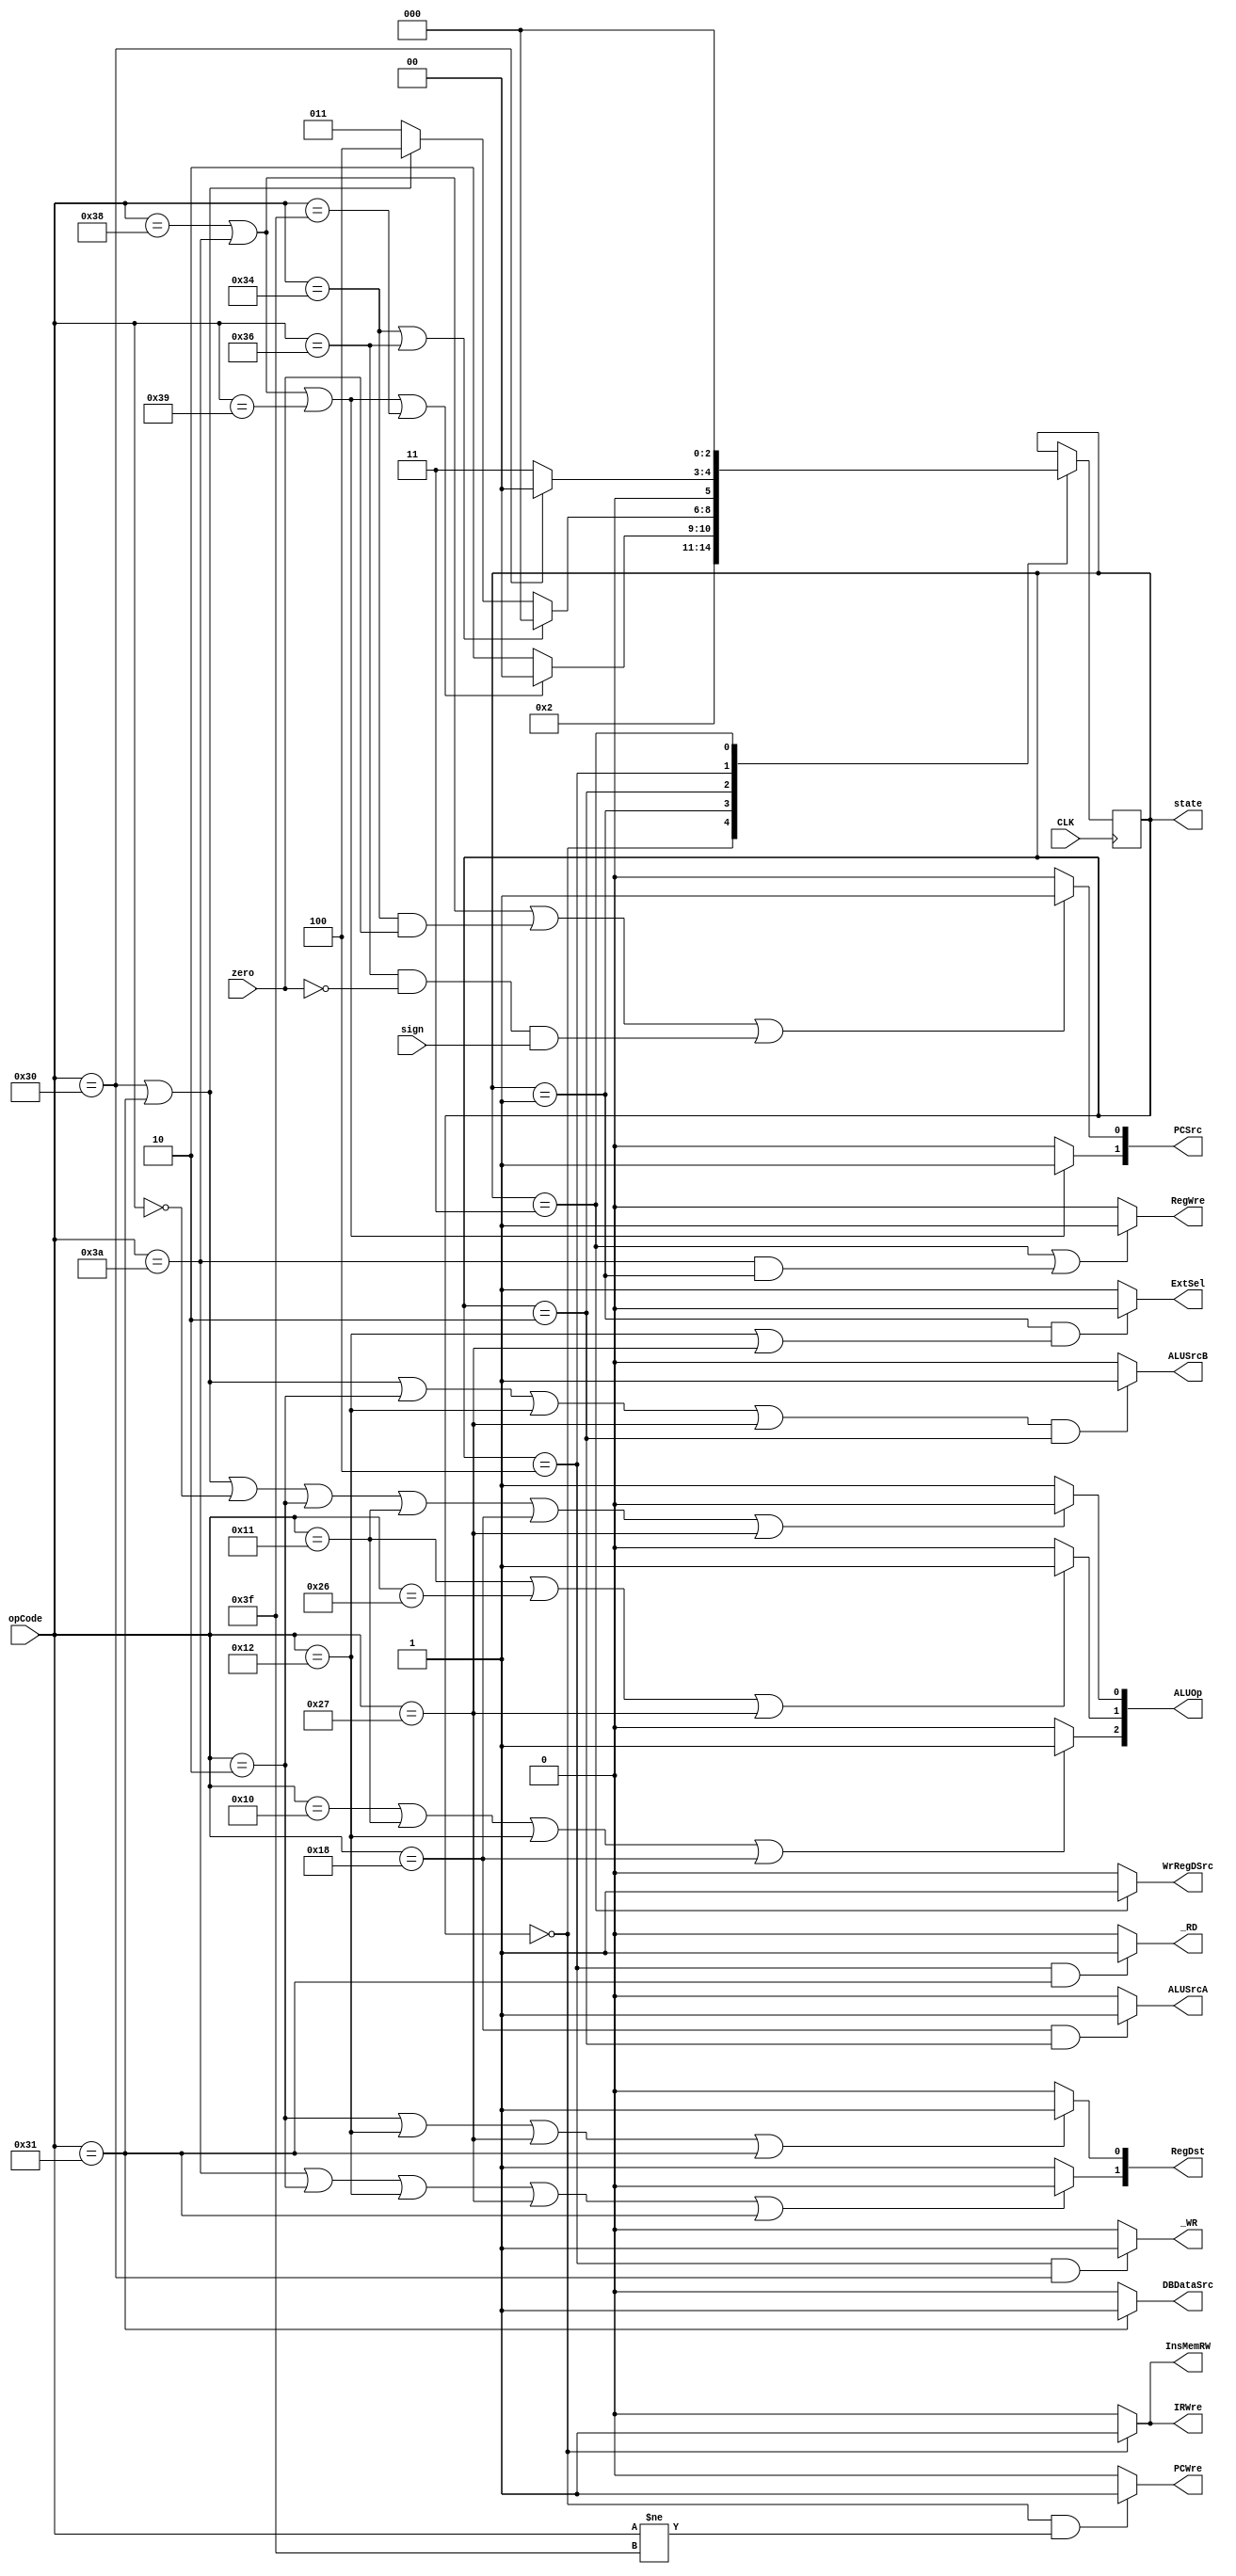
`timescale 1ns / 1ps
//////////////////////////////////////////////////////////////////////////////////
// Company: 
// Engineer: 
// 
// Design Name: 
// Module Name: ControlUnit
// Project Name: 
// Target Devices: 
// Tool Versions: 
// Description: 
// 
// Dependencies: 
// 
// Revision:
// Revision 0.01 - File Created
// Additional Comments:
// 
//////////////////////////////////////////////////////////////////////////////////

// ADD_OP =   000000
// SUB_OP =   000001
// ADDI_OP =  000010
// OR_OP =    010000
// AND_OP =   010001
// ORI_OP =   010010
// SLL_OP =   011000
// SLT_OP =   100110
// SLTIU_OP = 100111
// SW_OP =    110000
// LW_OP =    110001
// BEQ_OP =   110100
// BLTZ_OP =  110110
// J_OP =     111000
// JR_OP =    111001
// JAL_OP =   111010
// HALT_OP =  111111

module ControlUnit(
    input CLK,
	input [5:0] opCode,
    input zero,
    input sign,
    output reg PCWre,
    output reg ALUSrcA,
    output reg ALUSrcB,
    output reg RegWre,
    output reg InsMemRW,
    output reg ExtSel,
    output reg [1:0] PCSrc,
    output reg [1:0] RegDst,
    output reg _RD,
    output reg _WR,
    output reg DBDataSrc,
    output reg WrRegDSrc,
    output reg [2:0] ALUOp,
    output reg [2:0] state,
    output reg IRWre
    );

    initial begin
        state = 0;
    end

    always @(posedge CLK) begin
        case(state)
            3'b000: state = 3'b001;
            3'b001: begin
                // j 111000, jal 111010, jr 111001, halt 111111
                if (opCode == 6'b111000 || opCode == 6'b111010 || 
                    opCode == 6'b111001 || opCode == 6'b111111)
                    state = 3'b000;
                else
                    state = 3'b010;
            end
            3'b010: begin
                // beq 110100, bltz 110110
                if (opCode == 6'b110100 || opCode == 6'b110110)
                    state = 3'b000;
                // sw 110000, lw 110001
                else if (opCode == 6'b110000 || opCode == 6'b110001)
                    state = 3'b100;
                else
                    state = 3'b011;
            end
            3'b100: begin
                // sw 110000
                if (opCode == 6'b110000)
                    state = 3'b000;
                else
                    state = 3'b011;
            end
            3'b011: state = 3'b000;
        endcase
    end


    // The true table
    always @(state or opCode) begin
        PCWre = (state == 3'b000 && opCode != 6'b111111) ? 1 : 0;
        // sll 011000
        ALUSrcA = (opCode == 6'b011000 && state == 3'b010) ? 1 : 0;
        // sw 110000, lw 110001, addi 000010, ori 010010, sltiu 100111
        ALUSrcB = ((opCode == 6'b110000 || opCode == 6'b110001 || 
            opCode == 6'b000010 || opCode == 6'b010010 || 
            opCode == 6'b100111) && (state == 3'b010)) ? 1 : 0;
        // lw 110001
        DBDataSrc = (opCode == 6'b110001) ? 1 : 0;
        // jal 111010
        RegWre = (state == 3'b011 || 
            (opCode == 6'b111010 && state == 3'b001)) ? 1 : 0;
        WrRegDSrc = (state == 3'b011) ? 1 : 0;
        InsMemRW = (state == 3'b000) ? 1 : 0;
        // lw 110001
        _RD = (state == 3'b100 && opCode == 6'b110001) ? 1 : 0;
        // sw 110000
        _WR = (state == 3'b100 && opCode == 6'b110000) ? 1 : 0;
        IRWre = (state == 3'b000) ? 1 : 0;
        // ori 010010, sltiu 100111
        ExtSel = (state == 3'b001 && (opCode == 6'b010010 || opCode == 6'b100111)) ? 0 : 1;
        // j 111000, jal 111010, jr 111001
        PCSrc[1] = (opCode == 6'b111000 || opCode == 6'b111010 || opCode == 6'b111001) ? 1 : 0;
        // j 111000, jal 111010
        // beq 110100, bltz 110110
        PCSrc[0] = (opCode == 6'b111000 || opCode == 6'b111010 || 
            (opCode == 6'b110100 && zero == 1) || 
            (opCode == 6'b110110 && zero == 0 && sign == 1)) ? 1 : 0;
        // jal 111010, addi 000010, ori 010010, sltiu 100111, lw 110001
        RegDst[1] = (opCode == 6'b111010 || opCode == 6'b000010 || 
            opCode == 6'b010010 || opCode == 6'b100111 || 
            opCode == 6'b110001) ? 0 : 1;
        // addi 000010, ori 010010, sltiu 100111, lw 110001
        RegDst[0] = (opCode == 6'b000010 || opCode == 6'b010010 || 
            opCode == 6'b100111 || opCode == 6'b110001) ? 1 : 0;
        // or 010000, and 010001, ori 010010, sll 011000
        ALUOp[2] = (opCode == 6'b010000 || opCode == 6'b010001 || 
            opCode == 6'b010010 || opCode == 6'b011000) ? 1 : 0;
        // and 010001, slt 100110, sltiu 100111
        ALUOp[1] = (opCode == 6'b010001 || opCode == 6'b100110 || 
            opCode == 6'b100111) ? 1 : 0;
        // sw 110000, lw 110001, add 000000, addi 000010, 
        // and 010001, sll 011000, sltiu 100111
        ALUOp[0] = (opCode == 6'b110000 || opCode == 6'b110001 || 
            opCode == 6'b000000 || opCode == 6'b000010 || 
            opCode == 6'b010001 || opCode == 6'b011000 ||
            opCode == 6'b100111) ? 0 : 1;            
    end

endmodule